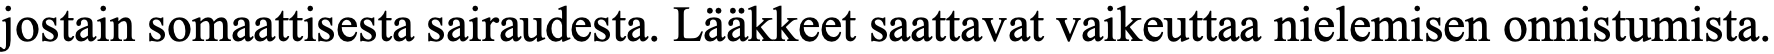
jostain somaattisesta sairaudesta. Lääkkeet saattavat vaikeuttaa nielemisen onnistumista.